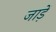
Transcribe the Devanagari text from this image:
जाड़ें